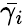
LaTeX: \bar{\gamma_{i}}